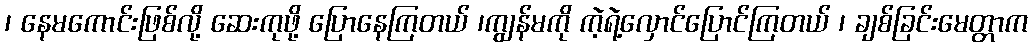
၊ နေမကောင်းဖြစ်လို့ ဆေးကုဖို့ ပြောနေကြတယ် ၊ကျွန်မကို ကဲ့ရဲ့လှောင်ပြောင်ကြတယ် ၊ ချစ်ခြင်းမေတ္တာက